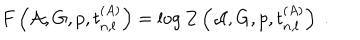
LaTeX: F \left( { \cal A } , G , p , t _ { n , l } ^ { ( A ) } \right) = \log Z \left( { \cal A } , G , p , t _ { n , l } ^ { ( A ) } \right) ~ .